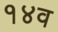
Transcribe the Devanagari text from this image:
१४व